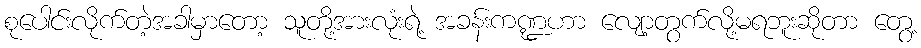
စုပေါင်းလိုက်တဲ့အခါမှာတော့ သူတို့အားလုံးရဲ့ အခန်းကဏ္ဍဟာ လျော့တွက်လို့မရဘူးဆိုတာ တွေ့